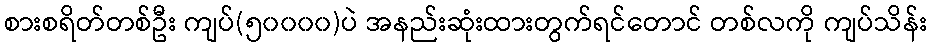
စားစရိတ်တစ်ဦး ကျပ်(၅၀၀၀၀)ပဲ အနည်းဆုံးထားတွက်ရင်တောင် တစ်လကို ကျပ်သိန်း